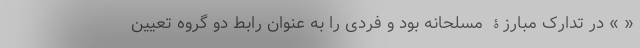
« » در تدارک مبارزۀ مسلحانه بود و فردی را به عنوان رابط دو گروه تعیین